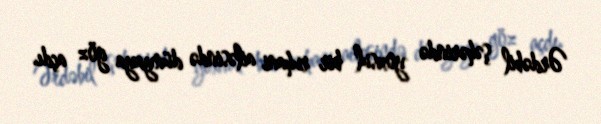
Ərdəbil şəhərində yoxsul bir ruhani ailəsində dünyaya göz açdı.